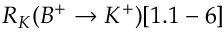
R _ { K } ( B ^ { + } \to K ^ { + } ) [ 1 . 1 - 6 ]